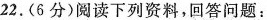
22. (6分)阅读下列资料，回答问题：